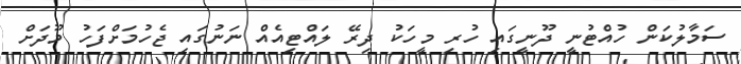
ސަމާލުކަން ހުއްޓުނީ ދޫނީގައި ހުރި މީހަކު ދިރޭ ލައްޓިއެއް ނަނުގައި ޖެހުމަށްފަހު މޫދަށް